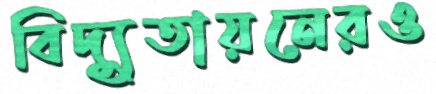
বিদ্যুতায়নেরও